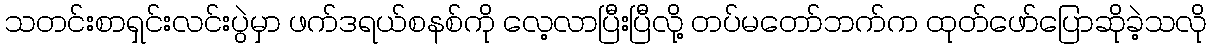
သတင်းစာရှင်းလင်းပွဲမှာ ဖက်ဒရယ်စနစ်ကို လေ့လာပြီးပြီလို့ တပ်မတော်ဘက်က ထုတ်ဖော်ပြောဆိုခဲ့သလို